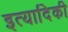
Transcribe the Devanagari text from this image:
इत्‍यादिकी